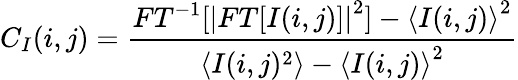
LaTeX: C_{I}(i,j)=\frac{{FT}^{-1}[{|FT[I(i,j)]|}^{2}]-{\langle I(i,j)\rangle}^{2}}{\langle I(i,j)^{2}\rangle-{\langle I(i,j)\rangle}^{2}}